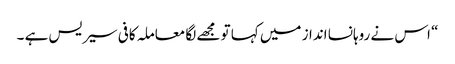
“ اس نے روہانسا انداز میں کہا تو مجھے لگا معاملہ کافی سیریس ہے ۔